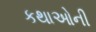
કથાઓની